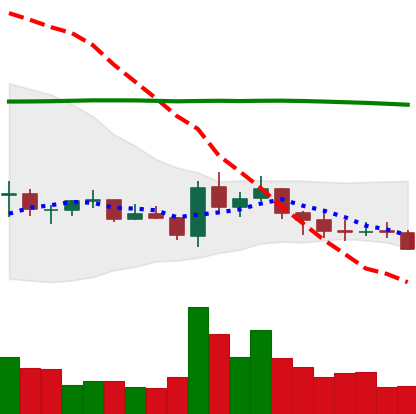
Ticker: EOS-USD
Chart end date: 2021-07-19
Forward return: 7.008%
Label: up_7plus